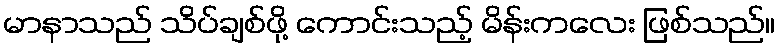
မာနာသည် သိပ်ချစ်ဖို့ ကောင်းသည့် မိန်းကလေး ဖြစ်သည်။